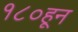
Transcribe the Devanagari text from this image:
१८०हून